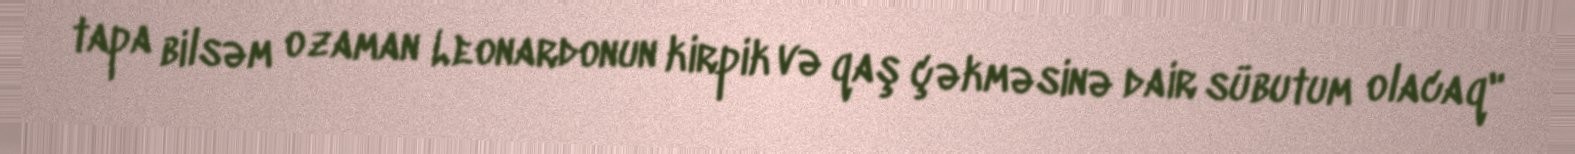
tapa bilsəm o zaman Leonardonun kirpik və qaş çəkməsinə dair sübutum olacaq"